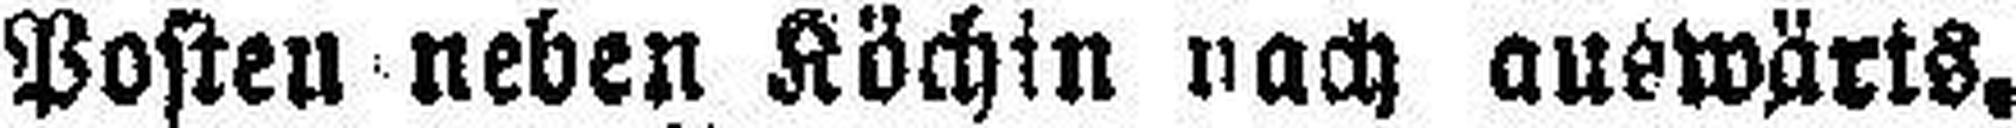
Posten neben Köchin nach auswärts,